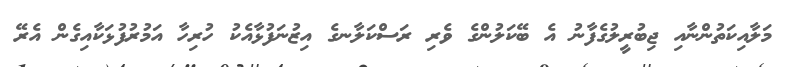
މަލާއިކަތުންނާއި ޖިބުރީލުގެފާނު އެ ބޭކަލުންގެ ވެރި ރަސްކަލާނގެ އިޒުނަފުޅާއެކު ހުރިހާ އަމުރުފުޅަކާއިގެން އެރޭ